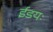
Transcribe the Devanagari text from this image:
ईडयः